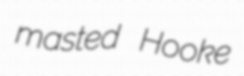
masted Hooke